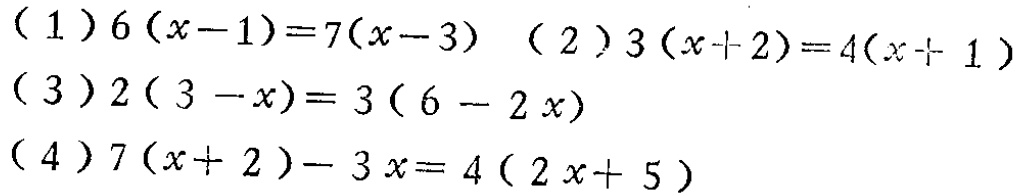
(1) \(6(x - 1)=7(x - 3)\)

(2) \(3(x + 2)=4(x + 1)\)

(3) \(2(3 - x)=3(6 - 2x)\)

(4) \(7(x + 2)-3x=4(2x + 5)\)